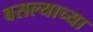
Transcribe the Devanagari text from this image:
बसल्याच्या